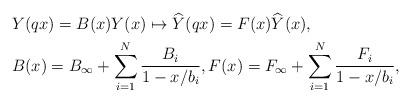
LaTeX: \begin{align*}& Y(q x) = B(x)Y(x) \mapsto \widehat{Y}(q x) = F(x)\widehat{Y}(x),\\& B(x) = B_{\infty} + \sum^{N}_{i = 1}\frac{B_{i}}{1 - x/b_{i}}, F(x) = F_{\infty} + \sum^{N}_{i = 1}\frac{F_{i}}{1 - x/b_{i}},\end{align*}